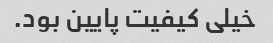
خیلی کیفیت پایین بود.